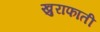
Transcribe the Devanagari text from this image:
खुराफाती